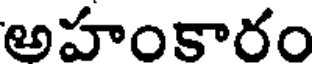
అహంకారం